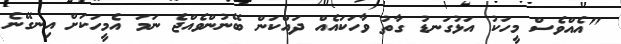
"އެއްވެސް މީހަކު އަޅުގަނޑު ގާތު ވާހަކައެއް ދައްކަން ބޭނުންވެއްޖެ ނަމަ އެމީހަކަށް އިނގޭނެ